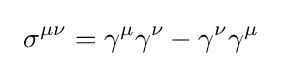
\ \sigma ^{\mu \nu }=\gamma ^{\mu }\gamma ^{\nu }-\gamma ^{\nu }\gamma ^{\mu }\